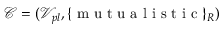
\mathcal { C } = ( \mathcal { V } _ { p l } , \{ \mathrm { ~ m ~ u ~ t ~ u ~ a ~ l ~ i ~ s ~ t ~ i ~ c ~ } \} _ { R } )